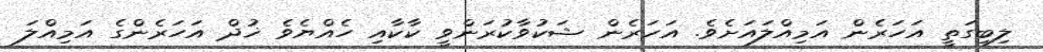
ލިބިގަތީ އަހަރެން އަމިއްލައަށެވެ. އަހަރެން ޝަކުވާކުރަންވީ ކާކާއި ހެއްޔެވެ ޚުދް އަހަރެންގެ އަމިއްލަ